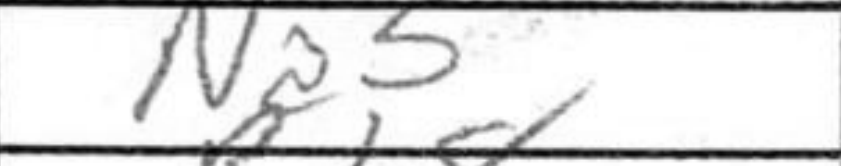
Transcription: Na5